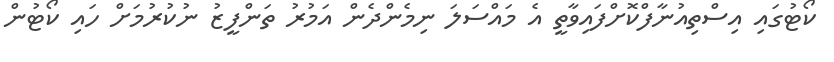
ކޯޓުގައި އިސްތިއުނާފްކޮށްފައިވާތީ އެ މައްސަލަ ނިމެންދެން އަމުރު ތަންފީޒު ނުކުރުމަށް ހައި ކޯޓުން